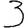
Digit: 3